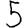
Digit: 5